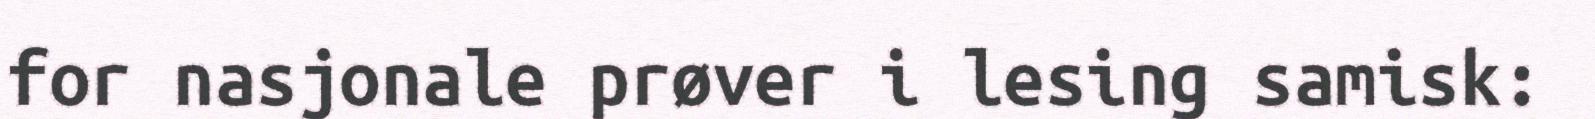
for nasjonale prøver i lesing samisk: